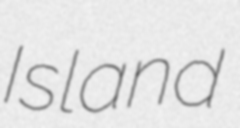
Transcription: Island